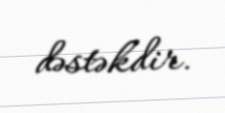
dəstəkdir.